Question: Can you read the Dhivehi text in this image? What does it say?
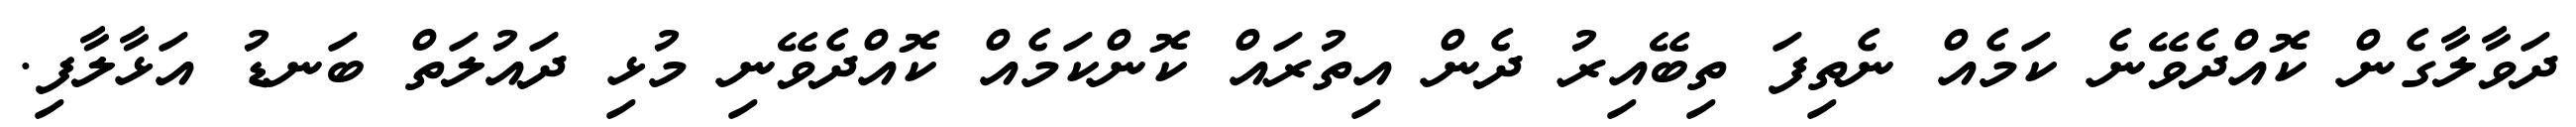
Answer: ދަވާލާގެން ކޮއްދެވޭނެ ކަމެއް ނެތިފަ ތިބޭއިރު ދެން އިތުރައް ކޮންކަމެއް ކޮއްދެވޭނި މުޅި ދައުލަތް ބަނޑު އަޅާލާފި.